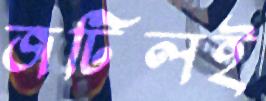
জটিলই